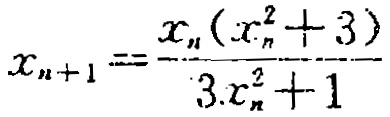
\(x_{n + 1} = \frac{x_{n}(x_{n}^{2} + 3)}{3x_{n}^{2} + 1}\)